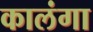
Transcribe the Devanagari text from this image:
कालंगा